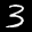
Digit: 3